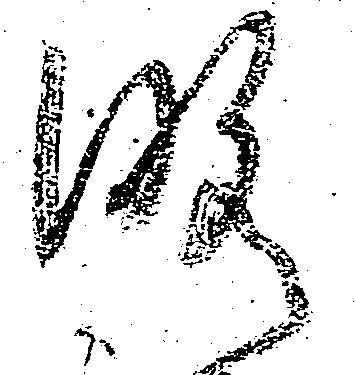
略